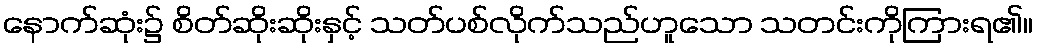
နောက်ဆုံး၌ စိတ်ဆိုးဆိုးနှင့် သတ်ပစ်လိုက်သည်ဟူသော သတင်းကိုကြားရ၏။